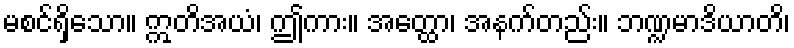
မစင်ရှိသော။ ဣတိအယံ၊ ဤကား။ အတ္ထော၊ အနက်တည်း။ ဘဏ္ဍမာဒိယာတိ၊